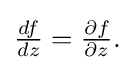
{\textstyle {\frac {df}{dz}}={\frac {\partial f}{\partial z}}.}